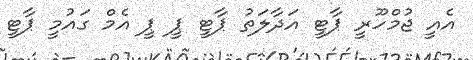
އެއީ ޖުމްހޫރީ ޕާޓީ އަދާލަތު ޕާޓީ ޕީ ޕީ އެމް ގައުމީ ޕާޓީ